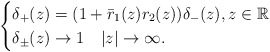
\begin{align*}\begin{cases}\delta_{+}(z) = (1+ \bar{r}_1(z) r_2(z)) \delta_{-}(z), z \in \mathbb{R} \\\delta_{\pm}(z) \rightarrow 1 \quad|z| \rightarrow \infty.\end{cases}\end{align*}